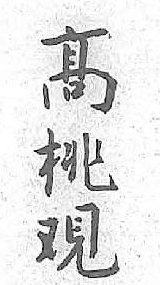
髙桃覌